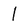
Character: 1